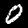
Label: 0